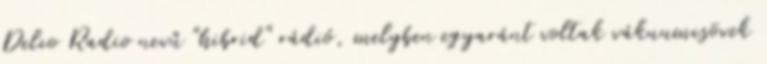
Delco Radio nevű "hibrid" rádió, melyben egyaránt voltak vákuumcsövek